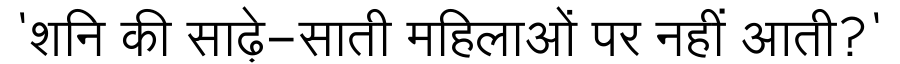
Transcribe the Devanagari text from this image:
'शनि की साढ़े-साती महिलाओं पर नहीं आती?'